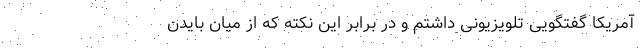
آمریکا گفتگویی تلویزیونی داشتم و در برابر این نکته که از میان بایدن